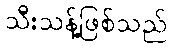
သီးသန့်ဖြစ်သည်